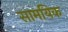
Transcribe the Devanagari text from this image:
सामयिक